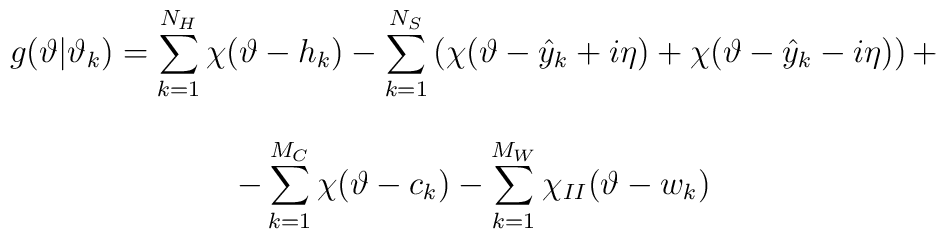
\begin{array}{c}g(\vartheta |\vartheta _{k})=\displaystyle\sum ^{N_{H}}_{k=1}\chi (\vartheta -h_{k})-\displaystyle\sum ^{N_{S}}_{k=1}\left( \chi (\vartheta -\hat{y}_{k}+i\eta )+\chi (\vartheta -\hat{y}_{k}-i\eta )\right) +\\\\-\displaystyle\sum ^{M_{C}}_{k=1}\chi (\vartheta -c_{k})-\displaystyle\sum ^{M_{W}}_{k=1}\chi _{II}(\vartheta -w_{k})\end{array}